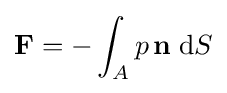
\mathbf {F} =-\int _{A}p\,\mathbf {n} \;\mathrm {d} S